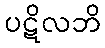
ပဋိလဘိ